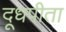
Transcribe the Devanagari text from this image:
दूधपीता